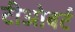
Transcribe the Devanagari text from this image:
टीओबर्ट